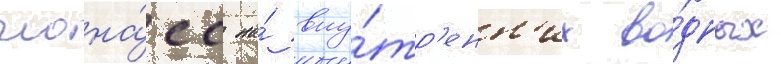
глона́сс на́ вну́тр'енн'их во́дных